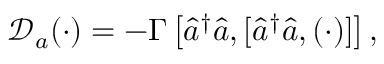
\begin{array} { r } { \mathcal { D } _ { a } ( \cdot ) = - \Gamma \left[ \hat { a } ^ { \dagger } \hat { a } , [ \hat { a } ^ { \dagger } \hat { a } , ( \cdot ) ] \right] , } \end{array}